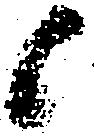
候